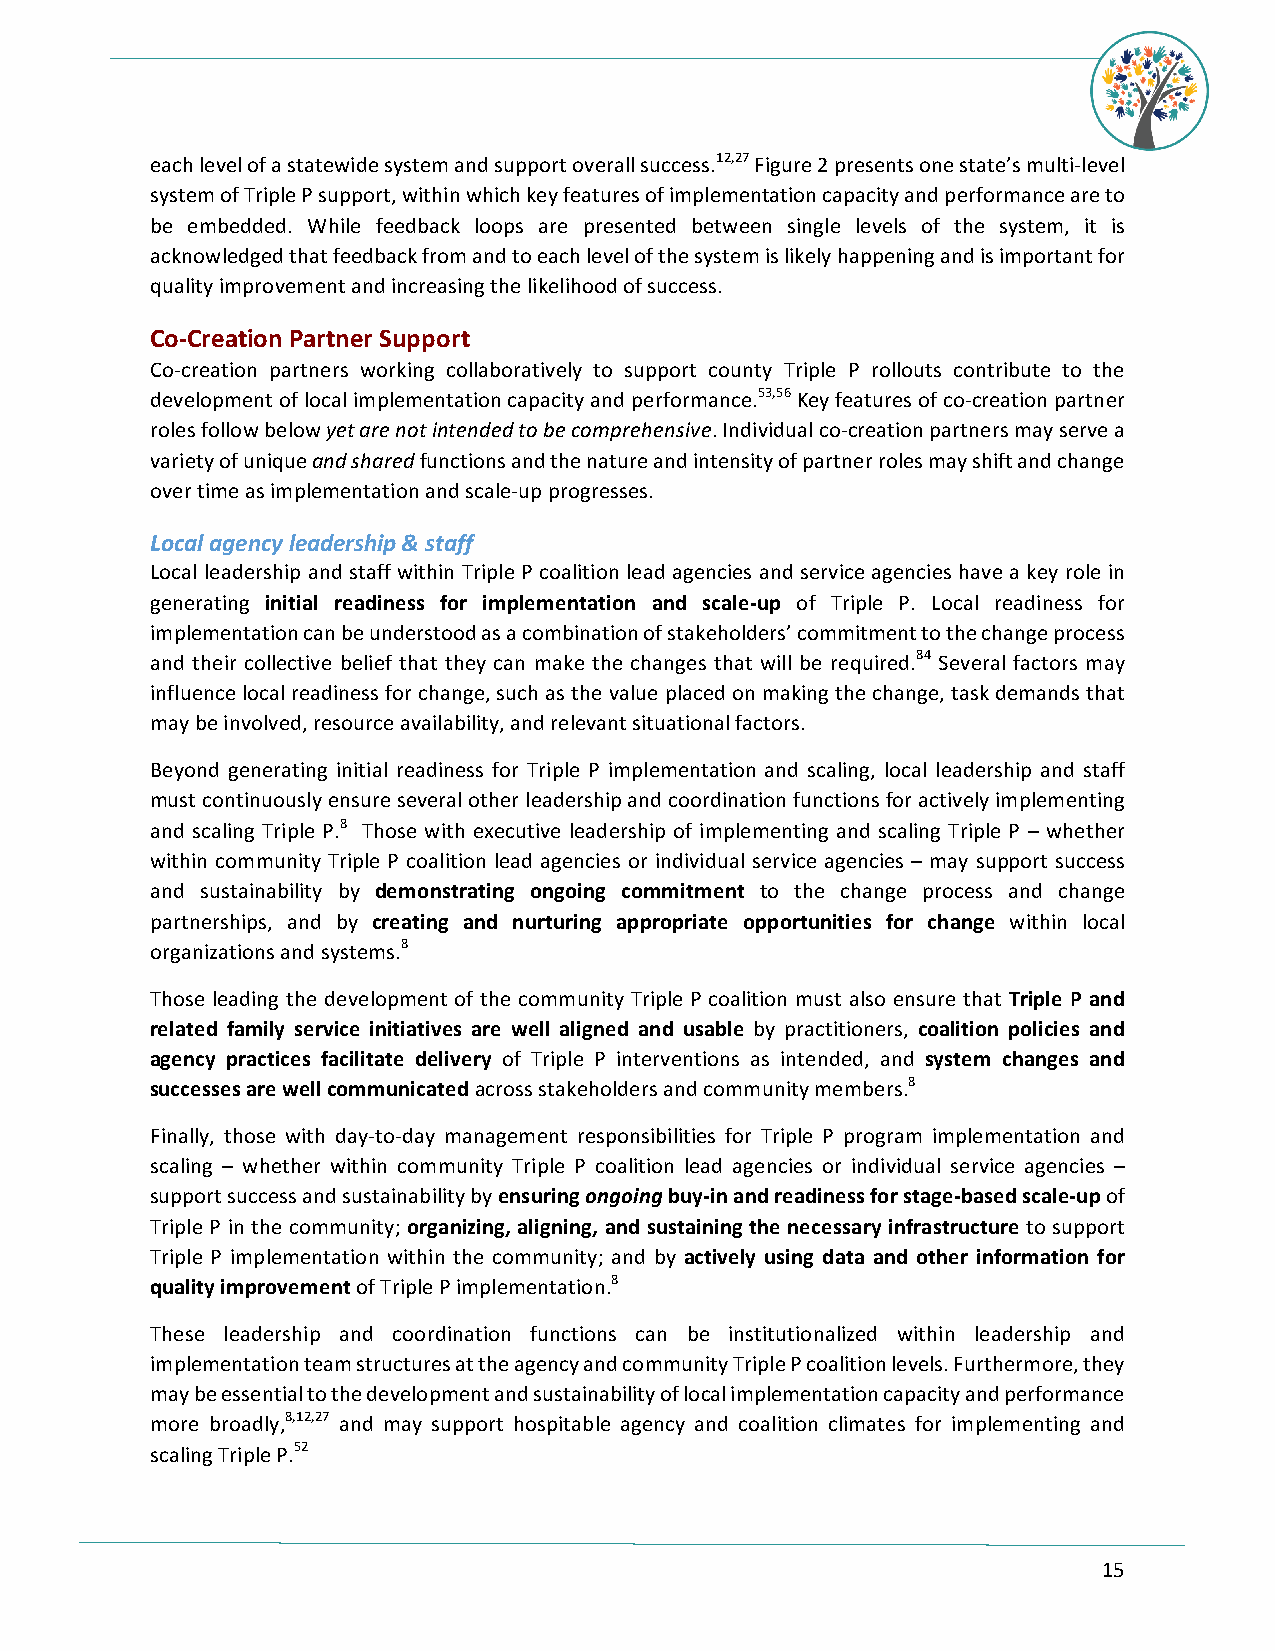
each level of a statewide system and support overall success.12,27 Figure 2 presents one state’s multi-level
 system of Triple P support, within which key features of implementation capacity and performance are to
 be embedded. While feedback loops are presented between single levels of the system, it is
 acknowledged that feedback from and to each level of the system is likely happening and is important for
 quality improvement and increasing the likelihood of success.
 Co-Creation Partner Support
 Co-creation partners working collaboratively to support county Triple P rollouts contribute to the
 development of local implementation capacity and performance.53,56 Key features of co-creation partner
 roles follow below yet are not intended to be comprehensive. Individual co-creation partners may serve a
 variety of unique and shared functions and the nature and intensity of partner roles may shift and change
 over time as implementation and scale-up progresses.
 Local agency leadership & staff
 Local leadership and staff within Triple P coalition lead agencies and service agencies have a key role in
 generating initial readiness for implementation and scale-up of Triple P. Local readiness for
 implementation can be understood as a combination of stakeholders’ commitment to the change process
 and their collective belief that they can make the changes that will be required.84 Several factors may
 influence local readiness for change, such as the value placed on making the change, task demands that
 may be involved, resource availability, and relevant situational factors.
 Beyond generating initial readiness for Triple P implementation and scaling, local leadership and staff
 must continuously ensure several other leadership and coordination functions for actively implementing
 and scaling Triple P.8 Those with executive leadership of implementing and scaling Triple P – whether
 within community Triple P coalition lead agencies or individual service agencies – may support success
 and sustainability by demonstrating ongoing commitment to the change process and change
 partnerships, and by creating and nurturing appropriate opportunities for change within local
 organizations and systems.8
 Those leading the development of the community Triple P coalition must also ensure that Triple P and
 related family service initiatives are well aligned and usable by practitioners, coalition policies and
 agency practices facilitate delivery of Triple P interventions as intended, and system changes and
 successes are well communicated across stakeholders and community members.8
 Finally, those with day-to-day management responsibilities for Triple P program implementation and
 scaling – whether within community Triple P coalition lead agencies or individual service agencies –
 support success and sustainability by ensuring ongoing buy-in and readiness for stage-based scale-up of
 Triple P in the community; organizing, aligning, and sustaining the necessary infrastructure to support
 Triple P implementation within the community; and by actively using data and other information for
 quality improvement of Triple P implementation.8
 These leadership and coordination functions can be institutionalized within leadership and
 implementation team structures at the agency and community Triple P coalition levels. Furthermore, they
 may be essential to the development and sustainability of local implementation capacity and performance
 more broadly,8,12,27 and may support hospitable agency and coalition climates for implementing and
 scaling Triple P.52
 15